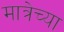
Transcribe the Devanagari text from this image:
मात्रेच्या